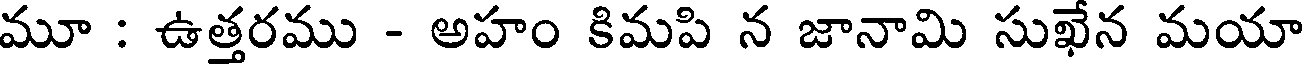
మూ : ఉత్తరము - అహం కిమపి న జానామి సుఖేన మయా